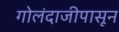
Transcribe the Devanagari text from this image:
गोलंदाजीपासून